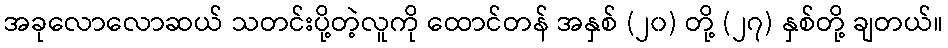
အခုလောလောဆယ် သတင်းပို့တဲ့လူကို ထောင်တန် အနှစ် (၂၀) တို့ (၂၇) နှစ်တို့ ချတယ်။